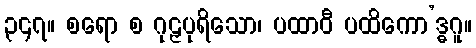
၃၄၇။ စရော စ ဂုဠှပုရိသော၊ ပထာဝီ ပထိကော’ဒ္ဓဂူ။